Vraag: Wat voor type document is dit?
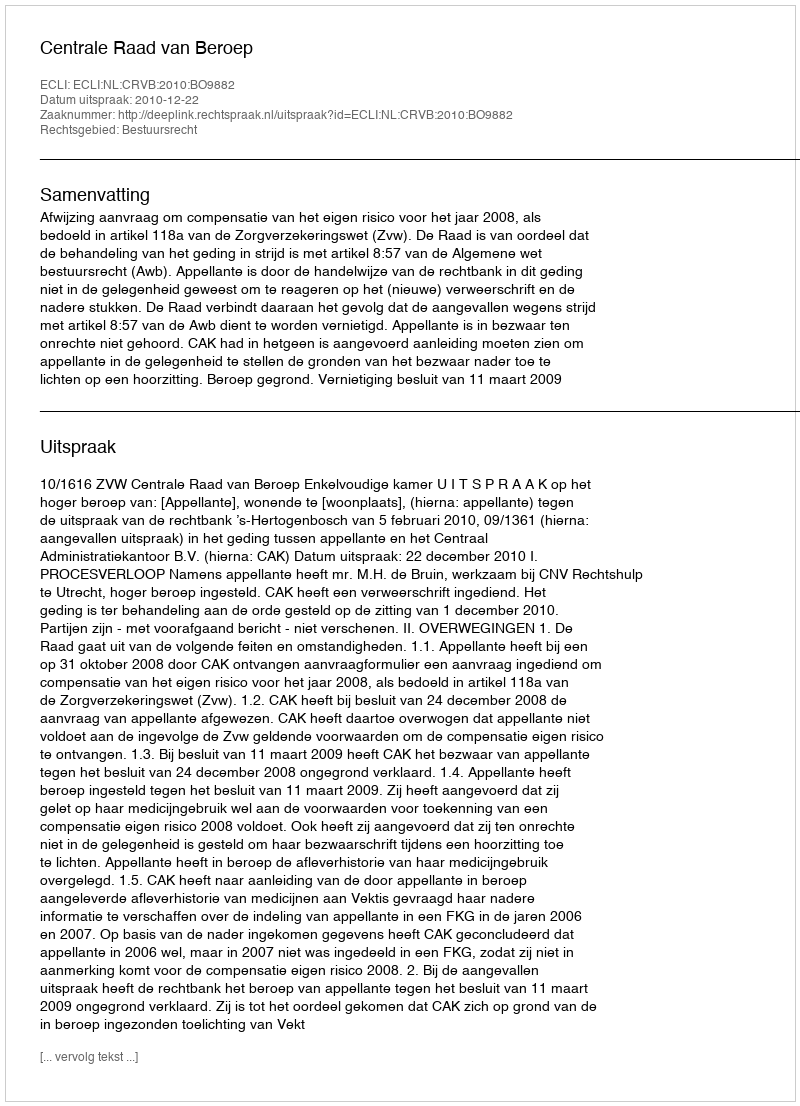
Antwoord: Uitspraak